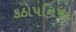
કઠોપનિષદ